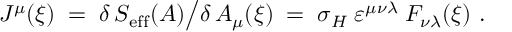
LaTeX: J ^ { \mu } ( \xi ) \; = \; \delta \, S _ { \mathrm { e f f } } ( A ) \big / \delta \, A _ { \mu } ( \xi ) \; = \; \sigma _ { H } \; \varepsilon ^ { \mu \nu \lambda } \; F _ { \nu \lambda } ( \xi ) ~ .